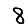
Digit: 8